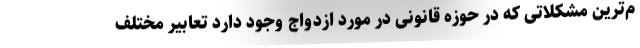
م‌ترین مشکلاتی که در حوزه قانونی در مورد ازدواج وجود دارد تعابیر مختلف